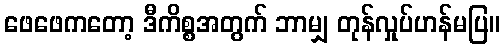
ဖေဖေကတော့ ဒီကိစ္စအတွက် ဘာမျှ တုန်လှုပ်ဟန်မပြ။